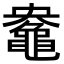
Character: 𮮤